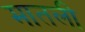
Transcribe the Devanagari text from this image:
मातली